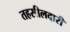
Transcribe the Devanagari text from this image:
तहसीलदारी